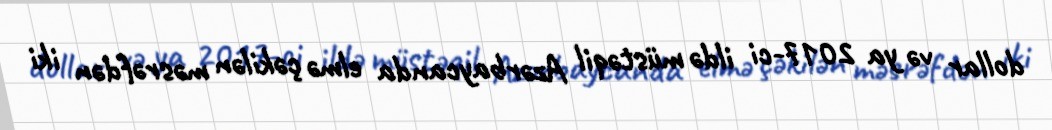
dollar və ya 2017-ci ildə müstəqil Azərbaycanda elmə çəkilən məsrəfdən iki